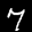
Label: 7